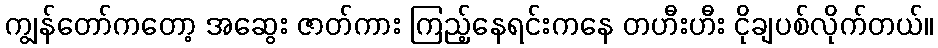
ကျွန်တော်ကတော့ အဆွေး ဇာတ်ကား ကြည့်နေရင်းကနေ တဟီးဟီး ငိုချပစ်လိုက်တယ်။